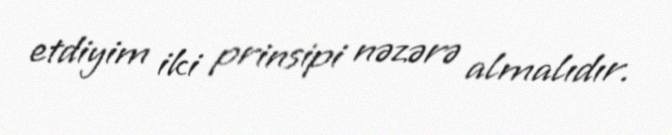
etdiyim iki prinsipi nəzərə almalıdır.